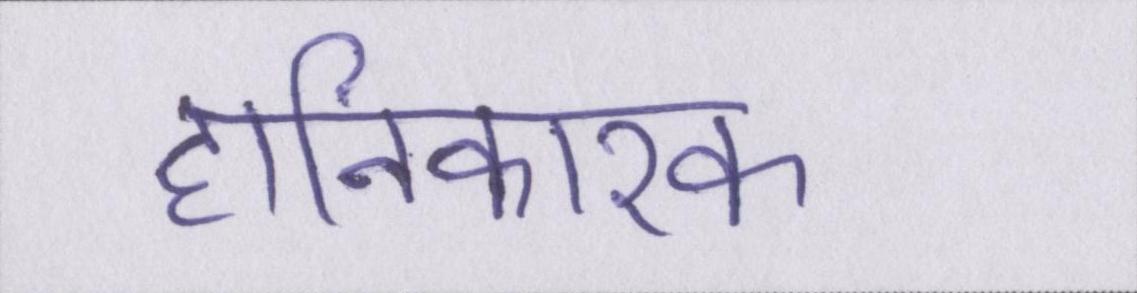
हानिकारक